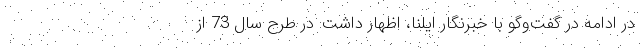
در ادامه در گفت‌وگو با خبرنگار ایلنا، اظهار داشت: در طرح سال 73 از